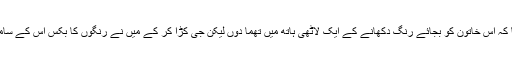
جی چاہتا تھا کہ اس خاتون کو بجائے رِنگ دکھانے کے ایک لاٹھی ہاتھ میں تھما دوں لیکن جی کڑا کر کے میں نے رِنگوں کا بکس اس کے سامنے رکھ دیا۔